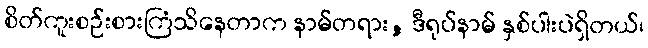
စိတ်ကူးစဉ်းစားကြံသိနေတာက နာမ်တရား, ဒီရုပ်နာမ် နှစ်ပါးပဲရှိတယ်၊